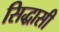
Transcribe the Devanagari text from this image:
सिद्धासी